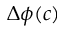
\Delta \phi ( c )